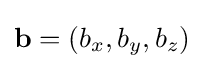
\mathbf {b} =(b_{x},b_{y},b_{z})